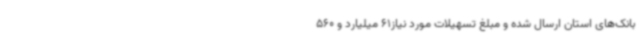
بانک‌های استان ارسال شده و مبلغ تسهیلات مورد نیاز61 میلیارد و 560